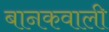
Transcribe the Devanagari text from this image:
बानकवाली